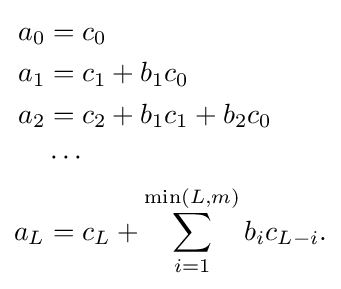
{\begin{aligned}a_{0}&=c_{0}\\a_{1}&=c_{1}+b_{1}c_{0}\\a_{2}&=c_{2}+b_{1}c_{1}+b_{2}c_{0}\\&\cdots \\a_{L}&=c_{L}+\sum _{i=1}^{\min(L,m)}b_{i}c_{L-i}.\end{aligned}}